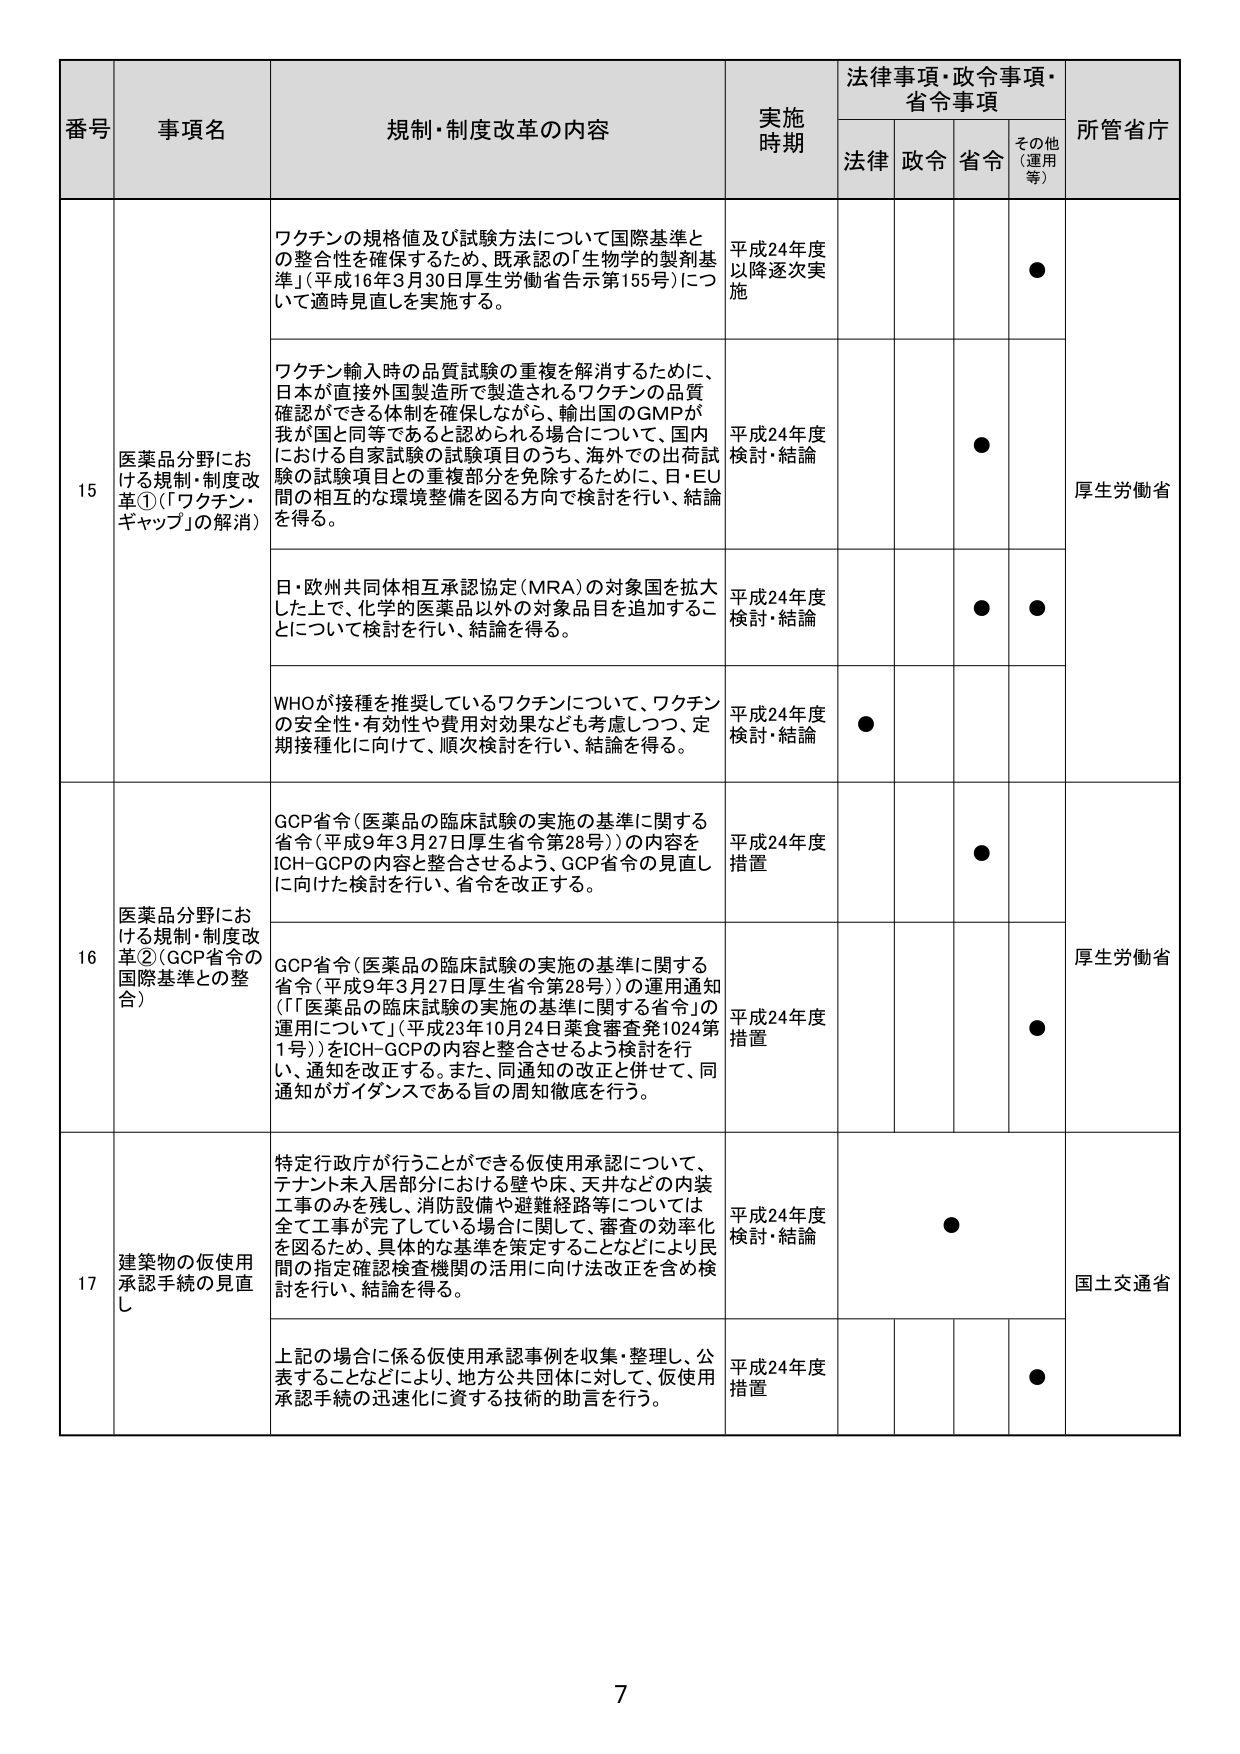
番号 事項名 規制・制度改革の内容 実施時期 法律事項・政令事項・省令事項 所管省庁
法律 政令 省令 その他（運用等）
15 医薬品分野における規制・制度改革①（「ワクチン・ギャップ」の解消） ワクチンの規格値及び試験方法について国際基準との整合性を確保するため、既承認の「生物学的製剤基準」（平成16年3月30日厚生労働省告示第155号）について適時見直しを実施する。 平成24年度以降逐次実施 ● 厚生労働省
ワクチン輸入時の品質試験の重複を解消するために、日本が直接外国製造所で製造されるワクチンの品質確認ができる体制を確保しながら、輸出国のGMPが我が国と同等であると認められる場合について、国内における自家試験の試験項目のうち、海外での出荷試験の試験項目との重複部分を免除するために、日・EU間の相互的な環境整備を図る方向で検討を行い、結論を得る。 平成24年度検討・結論 ●
日・欧州共同体相互承認協定（MRA）の対象国を拡大した上で、化学的医薬品以外の対象品目を追加することについて検討を行い、結論を得る。 平成24年度検討・結論 ● ●
WHOが接種を推奨しているワクチンについて、ワクチンの安全性・有効性や費用対効果なども考慮しつつ、定期接種化に向けて、順次検討を行い、結論を得る。 平成24年度検討・結論 ●
16 医薬品分野における規制・制度改革②（GCP省令の国際基準との整合） GCP省令（医薬品の臨床試験の実施の基準に関する省令（平成9年3月27日厚生省令第28号））の内容をICH-GCPの内容と整合させるよう、GCP省令の見直しに向けた検討を行い、省令を改正する。 平成24年度措置 ● 厚生労働省
GCP省令（医薬品の臨床試験の実施の基準に関する省令（平成9年3月27日厚生省令第28号））の運用通知（「『医薬品の臨床試験の実施の基準に関する省令』の運用について」（平成23年10月24日薬食審査発1024第1号））をICH-GCPの内容と整合させるよう検討を行い、通知を改正する。また、同通知の改正と併せて、同通知がガイダンスである旨の周知徹底を行う。 平成24年度措置 ●
17 建築物の仮使用承認手続の見直し 特定行政庁が行うことができる仮使用承認について、テナント未入居部分における壁や床、天井などの内装工事のみを残し、消防設備や避難経路等については全て工事が完了している場合に関して、審査の効率化を図るため、具体的な基準を策定することなどにより民間の指定確認検査機関の活用に向け法改正を含め検討を行い、結論を得る。 平成24年度検討・結論 ● 国土交通省
上記の場合に係る仮使用承認事例を収集・整理し、公表することなどにより、地方公共団体に対して、仮使用承認手続の迅速化に資する技術的助言を行う。 平成24年度措置 ●
7